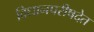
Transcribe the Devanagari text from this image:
विधानपरीषदेत